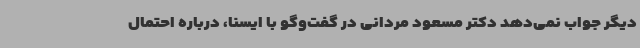
دیگر جواب نمی‌دهد دکتر مسعود مردانی در گفت‌وگو با ایسنا، درباره احتمال